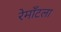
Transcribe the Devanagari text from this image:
रेमाँटला